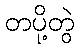
တပို့တွဲ